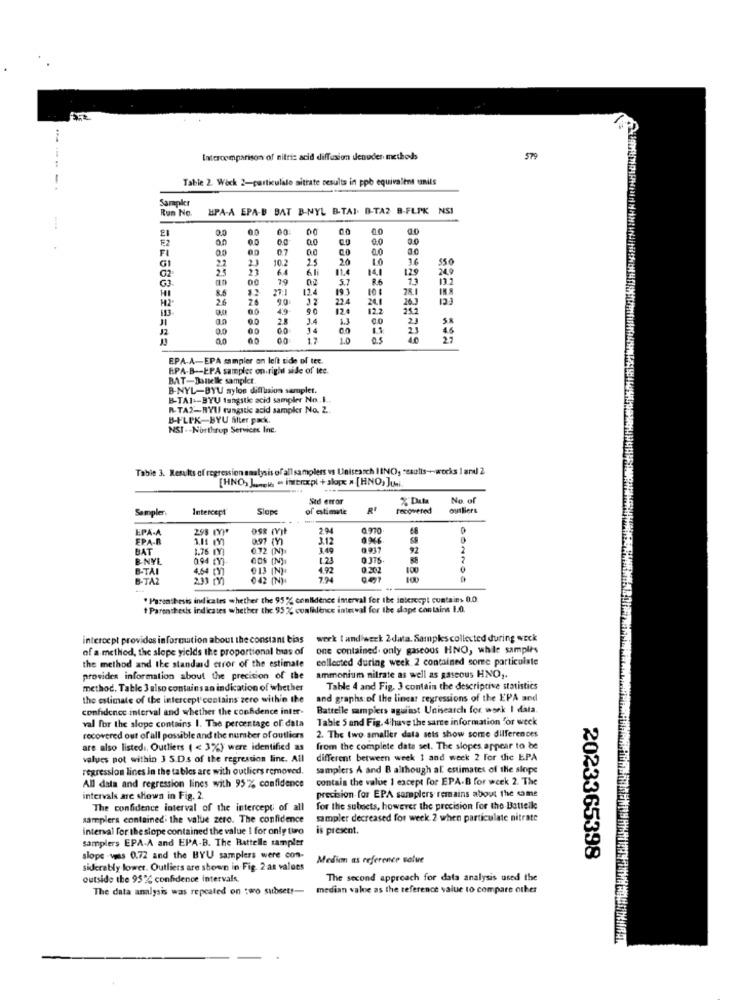
Intercomparison of nitric acid diffusion denuder methods
579
-
Table 2. Wock 2-particulale aitrate results in ppb equivalent units
Sarapker
HPA-A EPA-B BAT B-NYL B.TAI. D-TA2 B-FLPK NSI
0.0
00
E2
0.0
0.0
00
0.0
0.0
FI
07
00
23
10.2
20
LO
36
$50
GI
22
23
64
61
11.4
14.1
129
249
G2
GJ
00
79
02
86
28.1
8.6
26
90
22.4
26.3
00
49
90
12.2
an
00
2.8
2.3
0.0
00
14
23
0,0
00
1.0
0.5
4.0
EPA-A-EPA sampler an left side of tec.
RPA-B -- EPA sampler on.right side of Iee.
BAT-Battelle samplet.
B-NYL-BYU nylon diffusion samplet.
B-TAI -- BYU fangstle acid sampler No ....
R-TAX-RYUI rungstic acid sampkr No. 2.
B-FLIK-BYU filter pack.
NSI . - Northrop Services Inc.
Table 3. Results of regression analysis of all samplers vs Unisearch INO, esolis -- wocks 1 and 2
[HNO) La.w - interexpl + alox » [HNO, Juni.
Std error
No. of
Sempler
Slope
of atimate
recovered
outliers
EPA-
298 CYP
OS& mit
204
EPA-R
0.97 (Y)
3.12
BAT
1.76 [Y]
0.72 [N]:
340
0.937
92
B-NYL
0.94 EV)
1.24
B-TAI
913 (N)
4,92
0.302
100
B-TAZ
042 (N):
7.24
" Parenthesis indicates whether the 95 % confidence interval for the interest cuntains 0.0.
# Parenthesis indicates whether the. 95 % confidence interval for the dope contains 1.0.
intercept provides information about the constant bias
werk I and werk 2 data. Samples collected during weck
of a method, the slope yields the proportional bias of
one contained. only gaseous HNO, while samples
the method and the standard error of the estimate
collected during week 2 contained some particulate
provides information about the precision of the
ammonium nitrate as well as gaseous HNO ,.
method. Table 3 also contains an indication of whether
Table 4 and Fig. 3 contain the descriptive statistics
the estimate of the intercept contains zere within the
and graphs of the linear regressions of the EPA and
confidence interval and whether the confidence inter-
Battelle samplers aguilast Unisearch for work I data.
val for the slope contains I. The percentage of data
Table S and Fig. 4ihave the sarte information for weck
recovered out of all possible and the number of outliers
2. The two smaller data sets show some differences
are also listedi, Outliers ( < 3%) were identified as
from the complete data set. The slopes appear to be
values pot within 3 5.D.s of the regression line. All
different between week 1 and week 2 For the EPA
regression lines in the tables are with outliers removed.
samplers A and B although al estimates of the slope
contain the value 1 except for EPA-B for week 2. The
All data and regression lines with 95% confidence
intervals are shown in Fig. 2.
precision for EPA samplers remains about the same
The confidence interval of the intercept of all
for the subacts, however the precision for the Battelle
samplers contained. the value zero. The confidence
sampler decreased for week 2 when particulate nitrate
interval for the slope contained the value I for only tiro
is present.
samplers EPA-A and EPA-B. The Battelle sampler
slope -viss 0.72 and the BYU samplers were con-
Medim as reference value
2023365398
siderably lower. Outliers are shown in Fig. 2 at values
outside the 95% confidence intervals.
The second approach for data analysis used the
The data analysis was repeated on two subset !-
median valve as the reference value to compare other